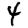
Digit: 4